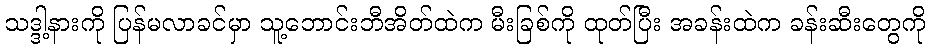
သဒ္ဒါ့နားကို ပြန်မလာခင်မှာ သူ့ဘောင်းဘီအိတ်ထဲက မီးခြစ်ကို ထုတ်ပြီး အခန်းထဲက ခန်းဆီးတွေကို